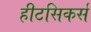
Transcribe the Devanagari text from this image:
हीटसिकर्स